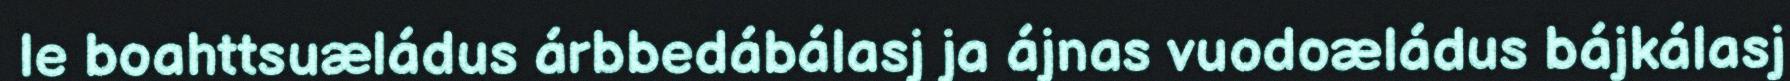
le boahttsuæládus árbbedábálasj ja ájnas vuodoæládus bájkálasj